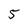
Character: 5